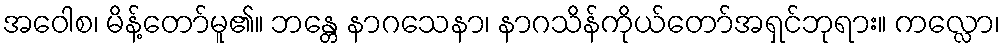
အဝေါစ၊ မိန့်တော်မူ၏။ ဘန္တေ နာဂသေနာ၊ နာဂသိန်ကိုယ်တော်အရှင်ဘုရား။ ကလ္လော၊